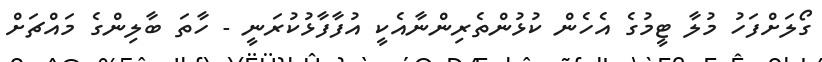
ގޯލަށްފަހު މުލާ ޓީމުގެ އެހެން ކުޅުންތެރިންނާއެކީ އުފާފާޅުކުރަނީ - ހާތަ ބާލިންގެ މައްޗަށް